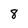
Character: 8